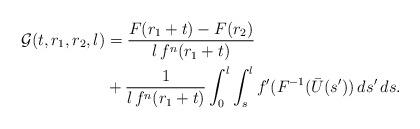
LaTeX: \begin{align*}\mathcal G(t,r_1,r_2,l)&=\frac{F(r_1+t)-F(r_2)}{l\,f^n(r_1+t)}\\&+\frac{1}{l\,f^n(r_1+t)}\int_0^l\int_s^lf'(F^{-1}(\bar U(s'))\,ds'\,ds.\end{align*}